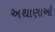
અથાણાઓ